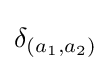
\delta _{(a_{1},a_{2})}